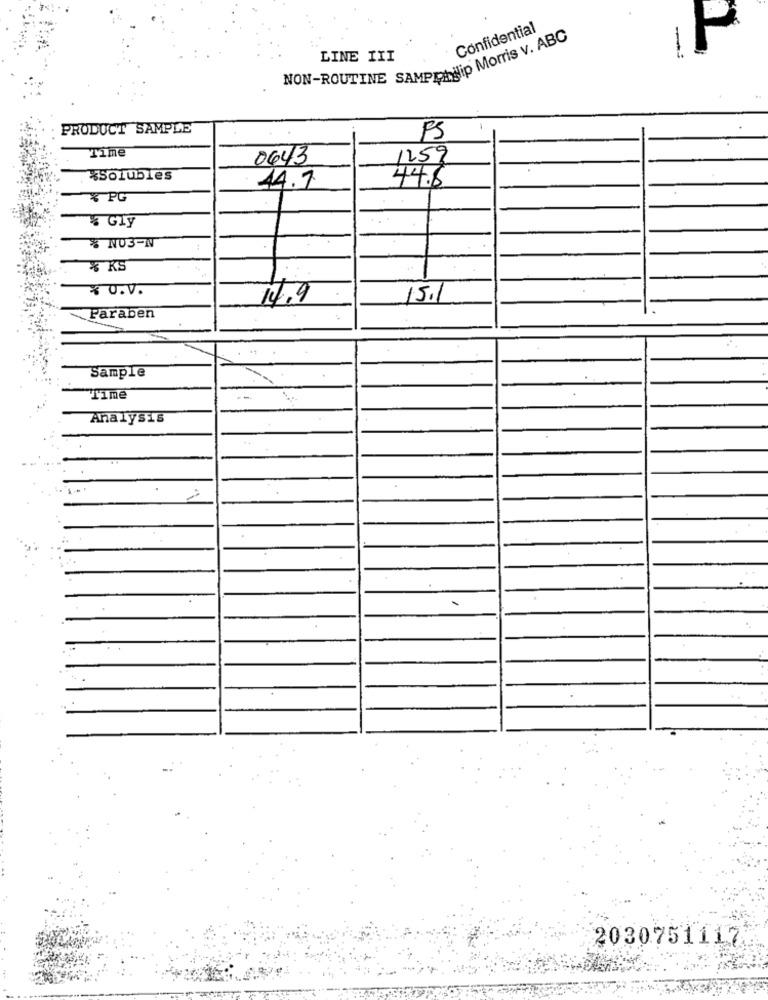
Confidential
NON-ROUTINE SAMPLANNip Morris v. ABC
LINE III
PRODUCT SAMPLE
FS
Time
0643
1259
*Solubles
44.7
44.8
% PG
% Gly
% NU3-N
% KS
₹ U.V.
14.9
15.1
Faraben
Sample
Time
--
Analysis
2030751117